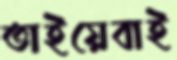
তাইয়েবাই